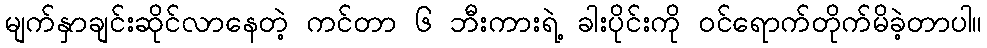
မျက်နှာချင်းဆိုင်လာနေတဲ့ ကင်တာ ၆ ဘီးကားရဲ့ ခါးပိုင်းကို ဝင်ရောက်တိုက်မိခဲ့တာပါ။